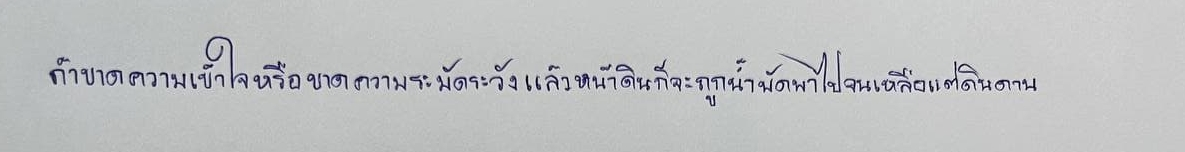
ถ้าขาดความเข้าใจหรือขาดความระมัดระวังแล้วหน้าดินก็จะถูกน้ำพัดพาไปจนเหลือแต่ดินดาน